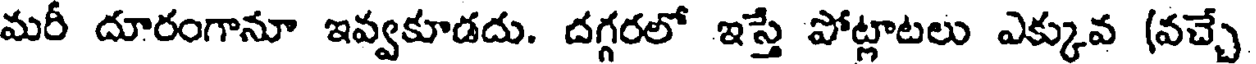
మరీ దూరంగానూ ఇవ్వకూడదు. దగ్గరలో ఇస్తే పోట్లాటలు ఎక్కువ (వచ్చే